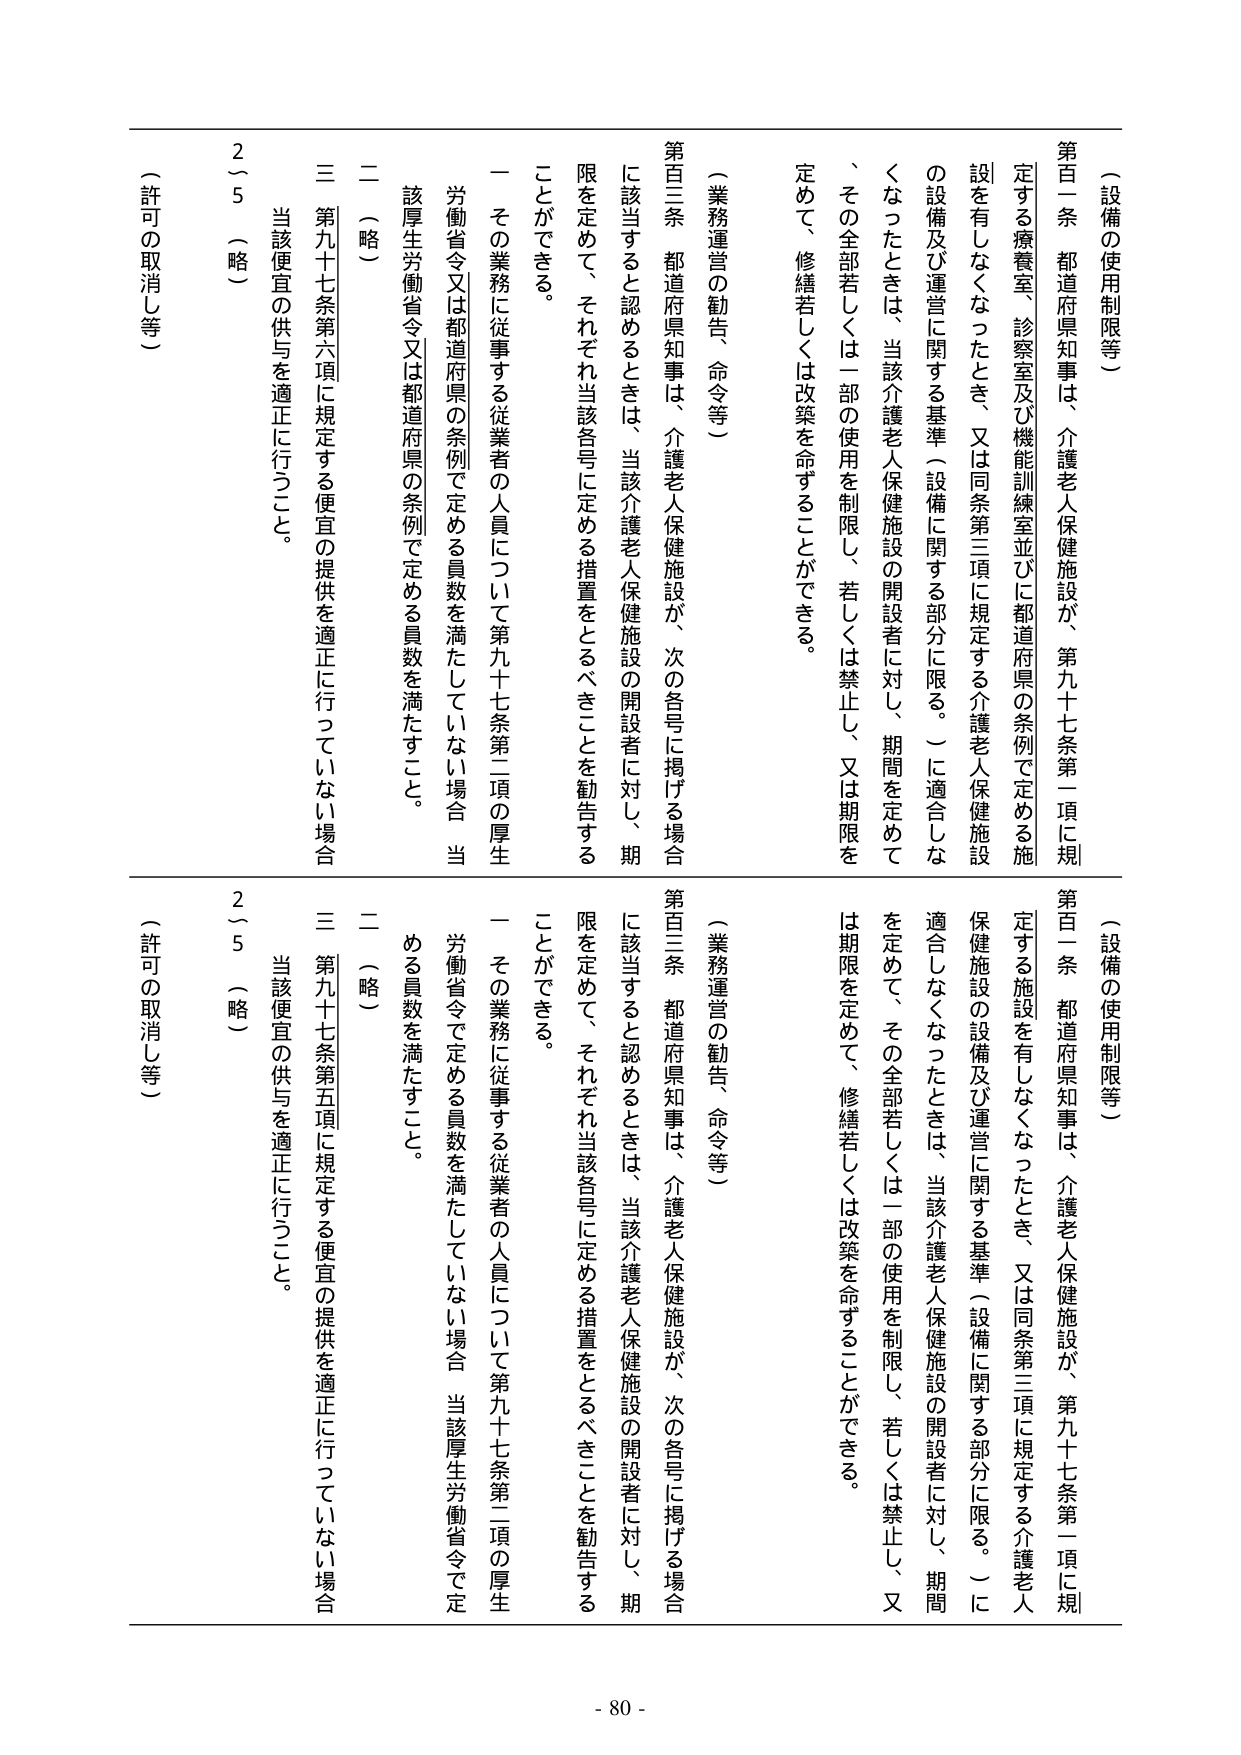
（設備の使用制限等）
第百一条 都道府県知事は、介護老人保健施設が、第九十七条第一項に規定する療養室、診察室及び機能訓練室並びに都道府県の条例で定める施設を有しなくなったとき、又は同条第三項に規定する介護老人保健施設の設備及び運営に関する基準（設備に関する部分に限る。）に適合しなくなったときは、当該介護老人保健施設の開設者に対し、期間を定めて、その全部若しくは一部の使用を制限し、若しくは禁止し、又は期限を定めて、修繕若しくは改築を命ずることができる。

（業務運営の勧告、命令等）
第百二条 都道府県知事は、介護老人保健施設が、次の各号に掲げる場合に該当すると認めるときは、当該介護老人保健施設の開設者に対し、期限を定めて、それぞれ当該各号に定める措置をとるべきことを勧告することができる。
一 その業務に従事する従業者の人員について第九十七条第二項の厚生労働省令又は都道府県の条例で定める員数を満たしていない場合 当該厚生労働省令又は都道府県の条例で定める員数を満たすこと。
二 （略）
三 第九十七条第六項に規定する便宜の提供を適正に行っていない場合 当該便宜の供与を適正に行うこと。
2（5）（略）
（許可の取消し等）

（設備の使用制限等）
第百一条 都道府県知事は、介護老人保健施設が、第九十七条第一項に規定する施設を有しなくなったとき、又は同条第三項に規定する介護老人保健施設の設備及び運営に関する基準（設備に関する部分に限る。）に適合しなくなったときは、当該介護老人保健施設の開設者に対し、期間を定めて、その全部若しくは一部の使用を制限し、若しくは禁止し、又は期限を定めて、修繕若しくは改築を命ずることができる。

（業務運営の勧告、命令等）
第百二条 都道府県知事は、介護老人保健施設が、次の各号に掲げる場合に該当すると認めるときは、当該介護老人保健施設の開設者に対し、期限を定めて、それぞれ当該各号に定める措置をとるべきことを勧告することができる。
一 その業務に従事する従業者の人員について第九十七条第二項の厚生労働省令で定める員数を満たしていない場合 当該厚生労働省令で定める員数を満たすこと。
二 （略）
三 第九十七条第五項に規定する便宜の提供を適正に行っていない場合 当該便宜の供与を適正に行うこと。
2（5）（略）
（許可の取消し等）

- 80 -